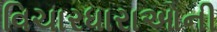
વિચારધારાઓની